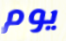
يوم